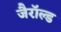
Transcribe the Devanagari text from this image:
जैरॉल्ड